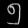
Digit: ၅